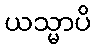
ယသ္မာပိ